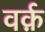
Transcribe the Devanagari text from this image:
वर्क़